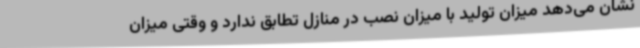
نشان می‌دهد میزان تولید با میزان نصب در منازل تطابق ندارد و وقتی میزان